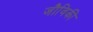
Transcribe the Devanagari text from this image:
जौविकी